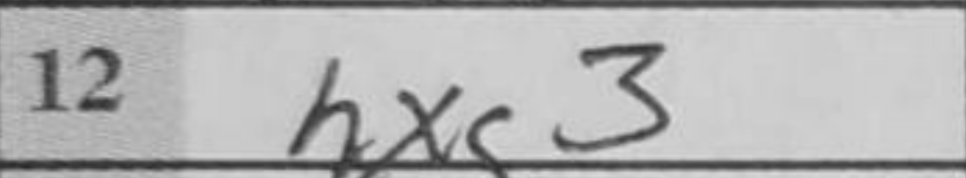
Transcription: hxg3